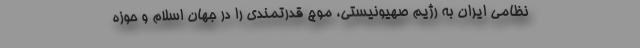
نظامی ایران به رژیم صهیونیستی، موج قدرتمندی را در جهان اسلام و حوزه